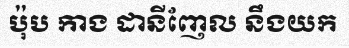
ប៉ុប កាង ដានីញែល នឹងយក